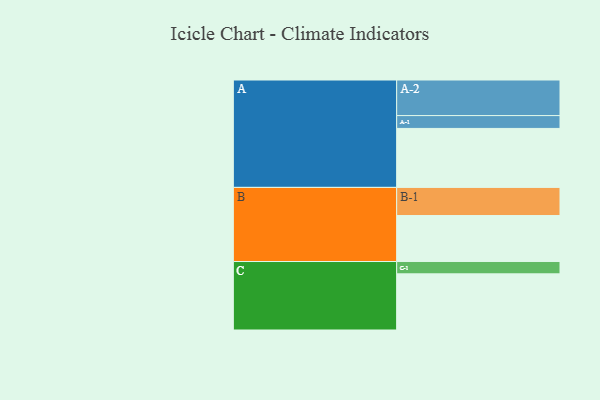
{"axis": {"x": "Segment", "y": "Value"}, "legend": ["", "A", "B", "C"], "data": [{"x": "A", "y": 459, "type": ""}, {"x": "B", "y": 358, "type": ""}, {"x": "C", "y": 437, "type": ""}, {"x": "A-1", "y": 100, "type": "A"}, {"x": "A-2", "y": 277, "type": "A"}, {"x": "B-1", "y": 219, "type": "B"}, {"x": "C-1", "y": 96, "type": "C"}]}